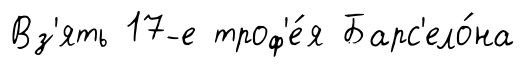
Вз'ять 17-е троф'е́я Барс'ело́на